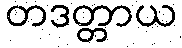
တဒတ္တာယ